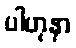
ပါဟုနာ